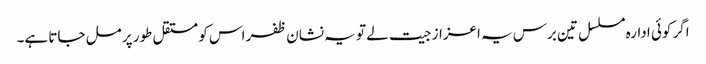
اگر کوئی ادارہ مسلسل تین برس یہ اعزاز جیت لے تو یہ نشان ظفر اس کو مستقل طور پر مل جاتا ہے۔